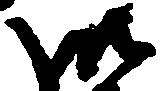
御